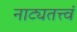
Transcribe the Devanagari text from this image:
नाट्यतत्त्वं